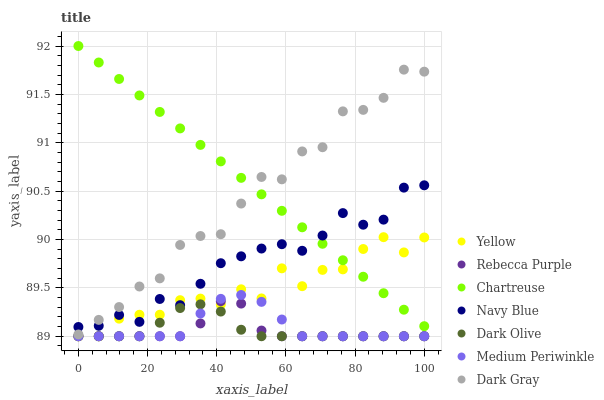
| xaxis_label | Yellow | Rebecca Purple | Chartreuse | Navy Blue | Dark Olive | Medium Periwinkle | Dark Gray |
 | --- | --- | --- | --- | --- | --- | --- | --- |
 | 0 | 89 | 89 | 92 | 89.1 | 89 | 89 | 89 |
 | 5.88 | 89 | 89 | 91.8 | 89.1 | 89 | 89 | 89.2 |
 | 11.8 | 89.2 | 89 | 91.7 | 89.2 | 89 | 89 | 89.3 |
 | 17.6 | 89.2 | 89 | 91.5 | 89.1 | 89 | 89 | 89.5 |
 | 23.5 | 89.2 | 89 | 91.3 | 89.4 | 89.1 | 89 | 89.6 |
 | 29.4 | 89.4 | 89 | 91.1 | 89.3 | 89.3 | 89 | 89.9 |
 | 35.3 | 89.4 | 89.1 | 91 | 89.5 | 89.3 | 89.2 | 90 |
 | 41.2 | 89.3 | 89.4 | 90.8 | 89.8 | 89.3 | 89.4 | 90.1 |
 | 47.1 | 89.5 | 89.3 | 90.6 | 89.8 | 89.1 | 89.4 | 90.4 |
 | 52.9 | 89.4 | 89.1 | 90.5 | 89.9 | 89 | 89.4 | 90.6 |
 | 58.8 | 89.7 | 89 | 90.3 | 90 | 89 | 89.2 | 90.6 |
 | 64.7 | 89.5 | 89 | 90.1 | 89.9 | 89 | 89 | 90.9 |
 | 70.6 | 89.7 | 89 | 90 | 90 | 89 | 89 | 91 |
 | 76.5 | 89.7 | 89 | 89.8 | 90.3 | 89 | 89 | 91.3 |
 | 82.4 | 89.9 | 89 | 89.6 | 90.2 | 89 | 89 | 91.3 |
 | 88.2 | 90 | 89 | 89.4 | 90.2 | 89 | 89 | 91.5 |
 | 94.1 | 89.9 | 89 | 89.3 | 90.5 | 89 | 89 | 91.8 |
 | 100 | 90 | 89 | 89.1 | 90.6 | 89 | 89 | 91.7 |